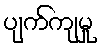
ပျက်ကျမှု